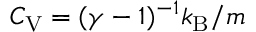
C _ { \mathrm { V } } = ( \gamma - 1 ) ^ { - 1 } k _ { \mathrm { B } } / m